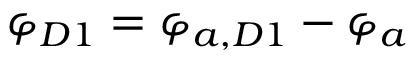
\varphi _ { D 1 } = \varphi _ { a , D 1 } - \varphi _ { a }